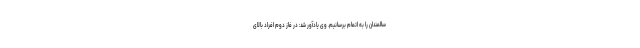
سالمندان را به اتمام برسانیم. وی یادآور شد: در فاز دوم افراد بالای